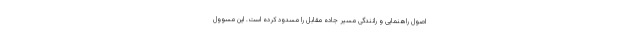
اصول راهنمایی و رانندگی مسیر جاده مقابل را مسدود کرده است. این مسوول